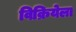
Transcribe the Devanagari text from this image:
विक्रियेला